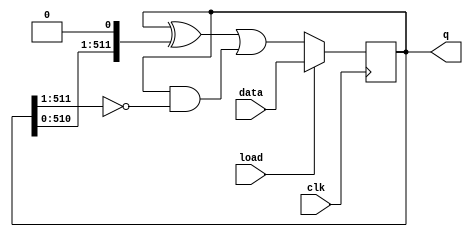
module top_module(
    input clk,
    input load,
    input [511:0] data,
    output [511:0] q
); 
    wire [511:0] q_left;
    wire [511:0] q_right;
    
    assign q_left = q>>1;
    assign q_right = q<<1;
    
    always @(posedge clk)    begin
        if(load)
            q <= data;
        else      begin
            q <= (q ^ q_right)|(q & ~q_left);
        end
    end

endmodule